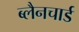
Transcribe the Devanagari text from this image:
ब्लैनचार्ड